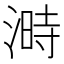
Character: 溡